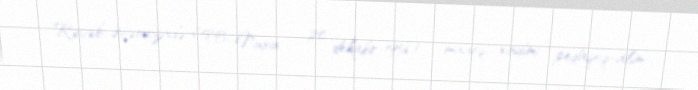
Rəcəb Əfəndizadə (1893, Nuxa – 20 dekabr 1956) – maarif xadimi, pedaqoq-alim,